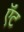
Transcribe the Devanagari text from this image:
ऍंट